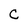
Character: C